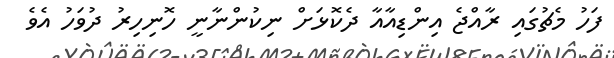
ފަހު މެޗުގައި ރާއްޖެ އިންޑިއާއާ ދެކޮޅަށް ނިކުންނާނީ ހޮނިހިރު ދުވަހު އެވެ